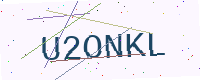
Text: U2ONKL